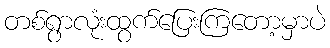
တစ်ရွာလုံးထွက်ပြေးကြတော့မှာပဲ